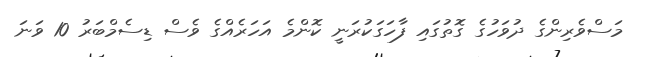
މަސްވެރިންގެ ދުވަހުގެ ގޮތުގައި ފާހަގަކުރަނީ ކޮންމެ އަހަރެއްގެ ވެސް ޑިސެމްބަރު 10 ވަނަ